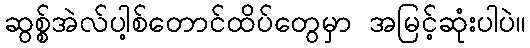
ဆွစ္စ်အဲလ်ပါ့စ်တောင်ထိပ်တွေမှာ အမြင့်ဆုံးပါပဲ။